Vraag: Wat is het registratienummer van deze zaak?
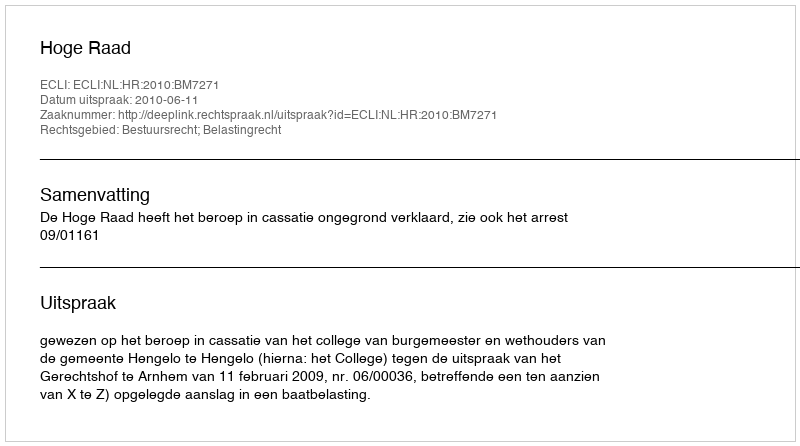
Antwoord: http://deeplink.rechtspraak.nl/uitspraak?id=ECLI:NL:HR:2010:BM7271